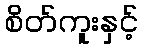
စိတ်ကူးနှင့်